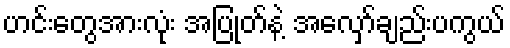
ဟင်းတွေအားလုံး အပြုတ်နဲ့ အလှော်ချည်းပကွယ်